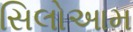
સિલોઆમ